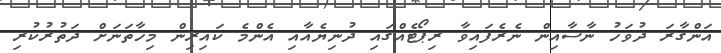
އަންގާރަ ދުވަހު ނާސާއިން ނެރެފައިވާ ރިޕޯޓެއްގައި ދުނިޔެއާއި އެންމެ ކައިރިން މިހާތަނަށް ދަތުރުކުރި